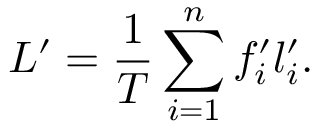
L ^ { \prime } = \frac { 1 } { T } \sum _ { i = 1 } ^ { n } f _ { i } ^ { \prime } l _ { i } ^ { \prime } .